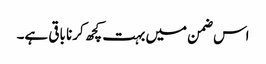
اس ضمن میں بہت کچھ کرنا باقی ہے۔